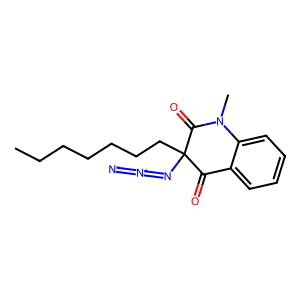
SMILES: CCCCCCCC1(N=[N+]=[N-])C(=O)c2ccccc2N(C)C1=O
Inhibits HIV replication: Yes